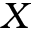
X